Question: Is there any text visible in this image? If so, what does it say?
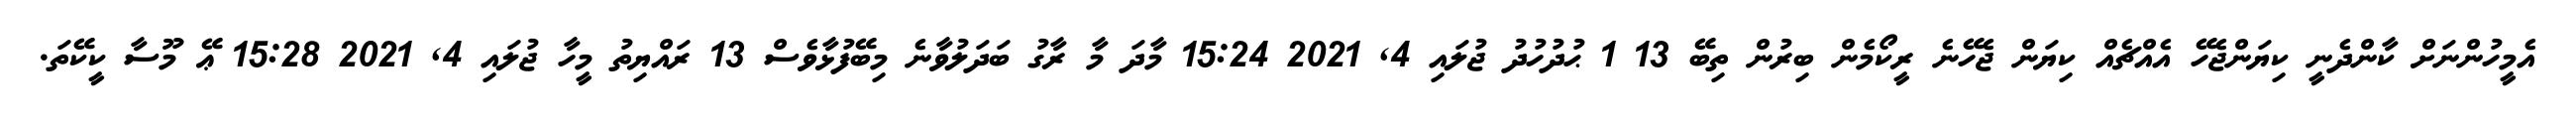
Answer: އެމީހުންނަށް ކާންދެނީ ކިޔަންޖެހޭ އެއްޗެއް ކިޔަން ޖެހޭނެ ރީކޯމެން ބިރުން ތިބޭ 13 1 ޙުދުހުދު ޖުލައި 4, 2021 15:24 މާދަ މާ ރާގު ބަދަލުވާނެ މިބޭފުޅާވެސް 13 ރައްޔިތު މީހާ ޖުލައި 4, 2021 15:28 ޢޭ މޫސާ ކީކޭތަ.